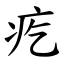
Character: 疙